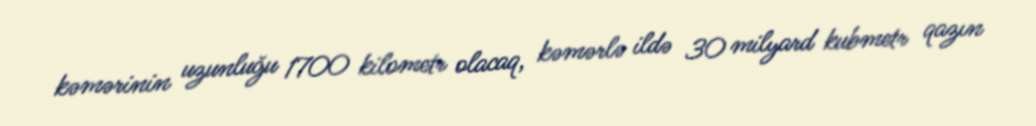
kəmərinin uzunluğu 1700 kilometr olacaq, kəmərlə ildə 30 milyard kubmetr qazın